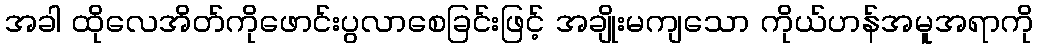
အခါ ထိုလေအိတ်ကိုဖောင်းပွလာစေခြင်းဖြင့် အချိုးမကျသော ကိုယ်ဟန်အမူအရာကို